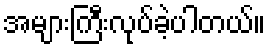
အများကြီးလုပ်ခဲ့ပါတယ်။